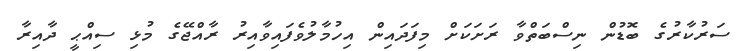
ސަރުކާރުގެ ބޮޑުން ނިސްބަތްވާ ރަށަކަށް މިފަދައިން އިހުމާލުވެފައިވާއިރު ރާއްޖޭގެ މުޅި ސިއްޙީ ދާއިރާ